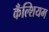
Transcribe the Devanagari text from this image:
कँल्शियम